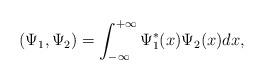
LaTeX: \begin{align*}(\Psi_1,\Psi_2)=\int_{-\infty}^{+\infty}\Psi_1^*(x)\Psi_2(x)dx,\end{align*}